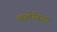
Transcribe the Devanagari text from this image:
व्हालेन्सिया